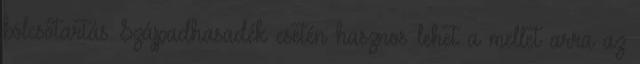
bölcsőtartás Szájpadhasadék esetén hasznos lehet a mellet arra az